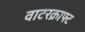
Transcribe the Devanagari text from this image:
वाटरक्राफ्ट